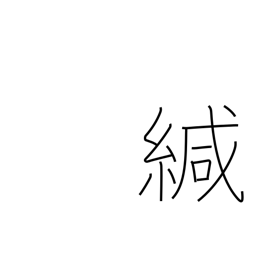
Meaning: seal